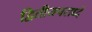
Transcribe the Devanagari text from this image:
द्वितीयपरार्ध्दे